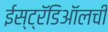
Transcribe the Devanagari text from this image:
ईस्ट्रॅडिऑलची